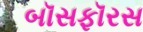
બૉસફૉરસ